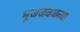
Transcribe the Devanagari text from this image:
भूजजवळच्या